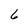
Character: 6